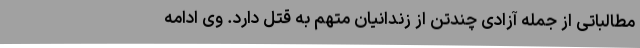
مطالباتی از جمله آزادی چندتن از زندانیان متهم به قتل دارد. وی ادامه